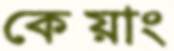
কেয়াং